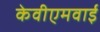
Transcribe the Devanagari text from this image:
केवीएमवाई